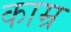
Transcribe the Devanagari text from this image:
काम्र